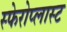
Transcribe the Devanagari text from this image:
स्फेरोप्लास्ट